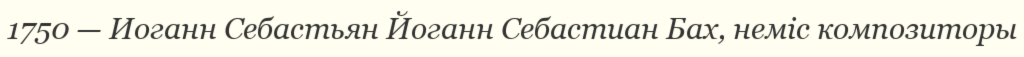
1750 — Иоганн Себастьян Йоганн Себастиан Бах, неміс композиторы